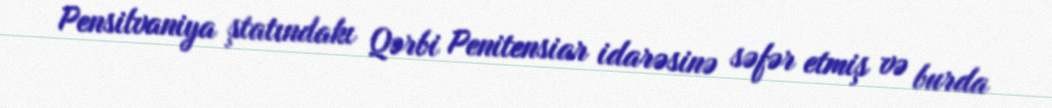
Pensilvaniya ştatındakı Qərbi Penitensiar idarəsinə səfər etmiş və burda